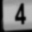
Digit: 4